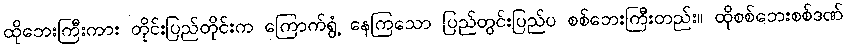
ထိုဘေးကြီးကား တိုင်းပြည်တိုင်းက ကြောက်ရွံ့ နေကြသော ပြည်တွင်းပြည်ပ စစ်ဘေးကြီးတည်း။ ထိုစစ်ဘေးစစ်ဒဏ်